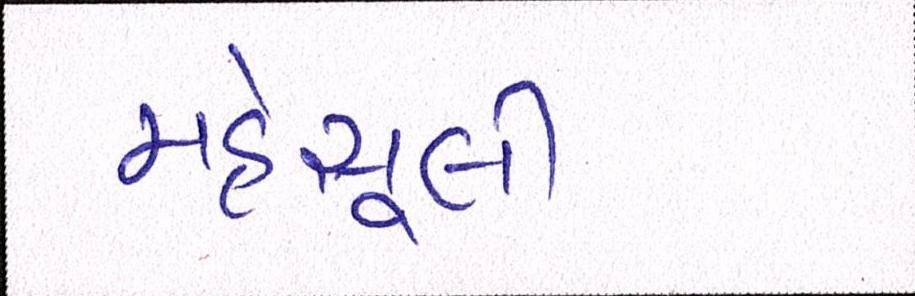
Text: મહેસૂલી